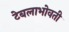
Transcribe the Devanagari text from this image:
टेबलाभोवती